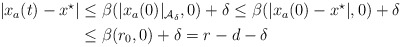
\begin{align*}\begin{aligned}|x_a(t)-x^\star| & \leq \beta(|x_a(0)|_{{\cal A}_\delta},0) + \delta \leq \beta(|x_a(0) - x^\star|,0) +\delta\\& \leq\beta(r_0,0) + \delta = r-d-\delta \end{aligned}\end{align*}